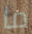
ما